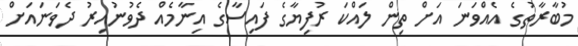
މުބާރާތުގެ އެއްވަނަ އަށް ތިން ލައްކަ ރުފިޔާގެ ފައިސާގެ އިނާމެއް ދެވުނުއިރު ދެވަނައަށް